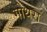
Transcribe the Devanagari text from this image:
गोथरा